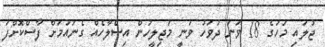
ޖުލައި މަހުގެ 18 ވަނަ ދުވަހު ވަނީ މަޖިލީހުން އިސްލާހެއް ގެނައުމަށް ފާސްކޮށްފަ